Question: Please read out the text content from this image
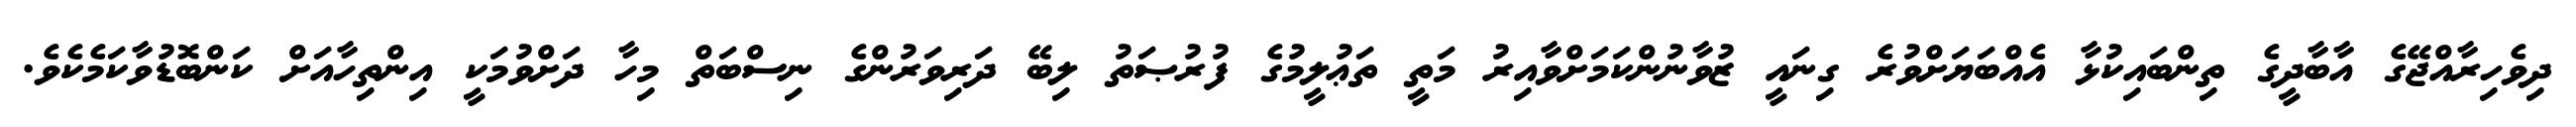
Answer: ދިވެހިރާއްޖޭގެ އާބާދީގެ ތިންބައިކުޅާ އެއްބަޔަށްވުރެ ގިނައީ ޒުވާނުންކަމަށްވާއިރު މަތީ ތަޢުލީމުގެ ފުރުޞަތު ލިބޭ ދަރިވަރުންގެ ނިސްބަތް މިހާ ދަށްވުމަކީ އިންތިހާއަށް ކަންބޮޑުވާކަމެކެވެ.